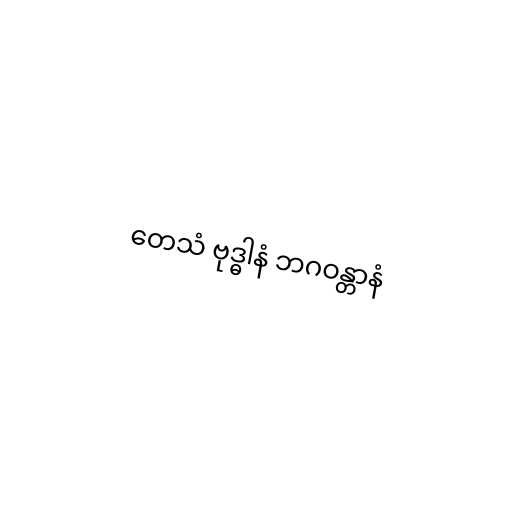
တေသံ ဗုဒ္ဓါနံ ဘဂဝန္တာနံ